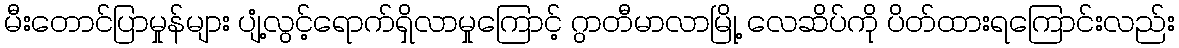
မီးတောင်ပြာမှုန်များ ပျံ့လွင့်ရောက်ရှိလာမှုကြောင့် ဂွာတီမာလာမြို့ လေဆိပ်ကို ပိတ်ထားရကြောင်းလည်း